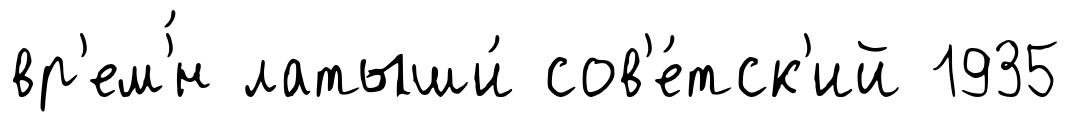
вр'ем'́н латыши́ сов'е́тск'ий 1935